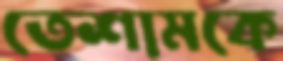
তেশামকে